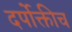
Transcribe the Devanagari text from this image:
दर्पोक्तीच